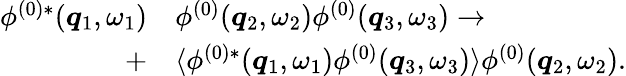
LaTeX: \begin{array}{rl}{\phi^{(0)*}({\boldsymbol{q}}_{1},\omega_{1})}&{{}\phi^{(0)}({\boldsymbol{q}}_{2},\omega_{2})\phi^{(0)}({\boldsymbol{q}}_{3},\omega_{3})\to}\\ {+}&{{}\langle\phi^{(0)*}({\boldsymbol{q}}_{1},\omega_{1})\phi^{(0)}({\boldsymbol{q}}_{3},\omega_{3})\rangle\phi^{(0)}({\boldsymbol{q}}_{2},\omega_{2}).}\end{array}